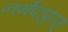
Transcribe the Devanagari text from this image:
नर्मदापुरम्